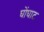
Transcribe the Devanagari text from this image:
घोंघाट